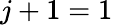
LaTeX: j+1=1